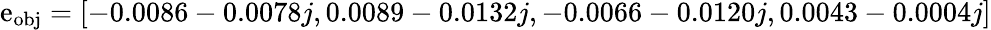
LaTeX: \mathrm{e}_{\mathrm{{obj}}}=[-0.0086-0.0078j,0.0089-0.0132j,-0.0066-0.0120j,0.0043-0.0004j]